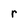
Character: r